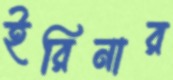
ইরিনার